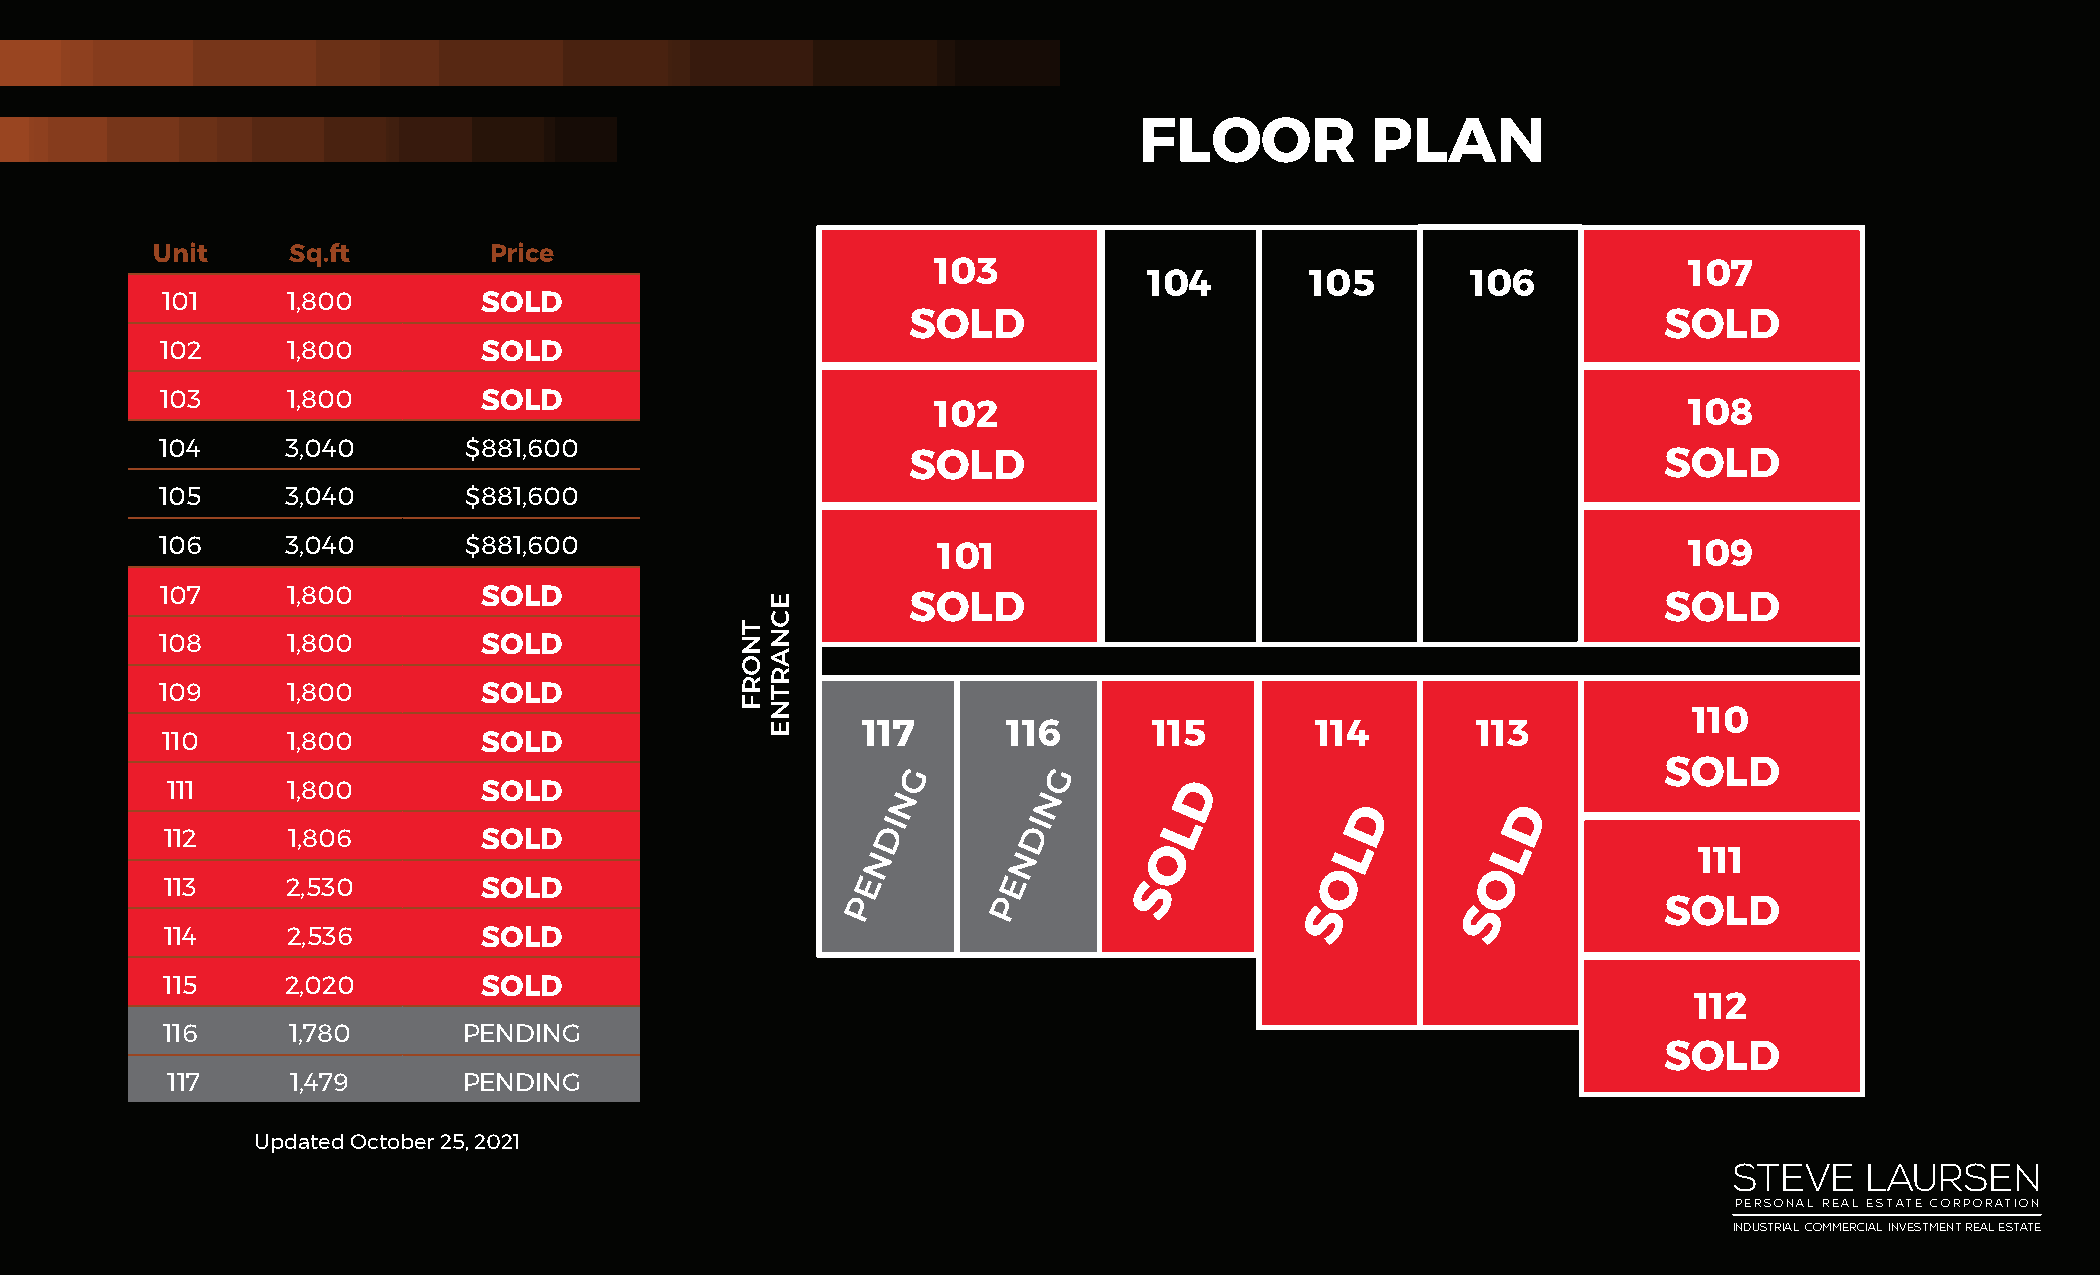
FLOOR           PLAN
 Unit     Sq.ft        Price
 103                                               107
 104        105       106
 101     1,800        SOLD
 SOLD                                              SOLD
 102     1,800        SOLD
 103     1,800        SOLD
 102                                               108
 104     3,040       $881,600
 SOLD                                              SOLD
 105     3,040       $881,600
 106     3,040       $881,600                       101                                               109
 107     1,800        SOLD                        SOLD                                              SOLD
 108     1,800        SOLD
 109     1,800        SOLD
 110
 117       116      115        114        113
 110     1,800        SOLD
 G         G                                       SOLD
 111     1,800        SOLD                       N         N         D
 D          D
 I        I         L
 D         D
 112     1,806        SOLD
 N        N         O           L          L           111
 E         E                     O         O
 113     2,530        SOLD                                        S
 P         P
 S          S           SOLD
 114     2,536        SOLD
 115     2,020        SOLD
 112
 116     1,780       PENDING
 SOLD
 117     1,479       PENDING
 Updated October 25, 2021
 STEVE    LAURSEN
 PERSONAL REAL ESTATE CORPORATION
 INDUSTRIAL. COMMERCIAL. INVESTMENT REAL ESTATE
 TNORF
 ECNARTNE